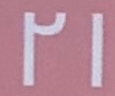
21